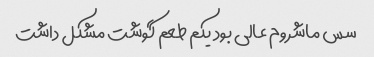
سس ماشروم عالی بود یکم طعم گوشت مشکل داشت